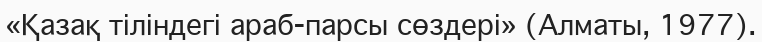
«Қазақ тіліндегі араб-парсы сөздері» (Алматы, 1977).